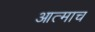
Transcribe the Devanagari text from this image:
आत्माच